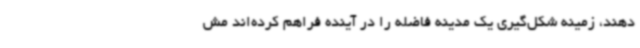
دهند، زمینه شکل‌گیری یک مدینه فاضله را در آینده فراهم کرده‌اند مش